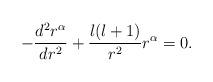
LaTeX: \begin{align*} -\frac{d^{2} r^{\alpha}}{dr^{2}} + \frac{l(l+1)}{r^{2}} r^{\alpha} = 0 .\end{align*}